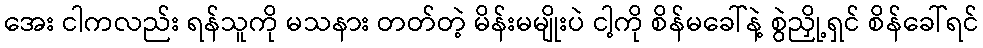
အေး ငါကလည်း ရန်သူကို မသနား တတ်တဲ့ မိန်းမမျိုးပဲ ငါ့ကို စိန်မခေါ်နဲ့ စွဲညှို့ရှင် စိန်ခေါ်ရင်